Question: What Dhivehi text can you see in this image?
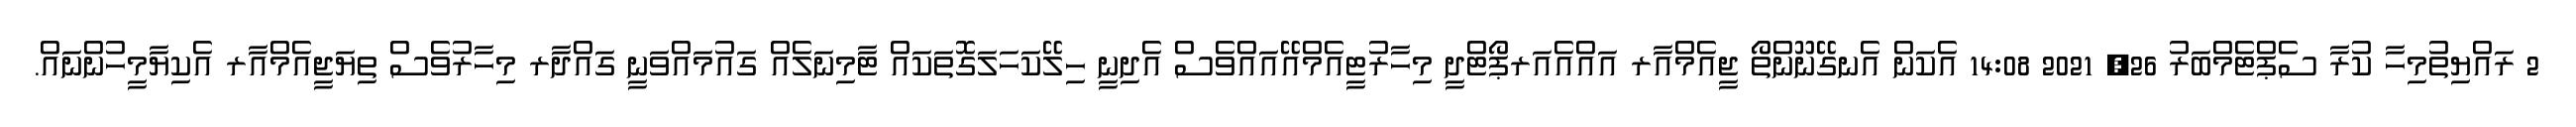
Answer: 2 ރައްޔިތުމިހާ ކުރާ ސެޕްޓެމްބަރު 26, 2021 14:08 އެކަން އެނގޭނޫންތޯ ޖީއެމްއާރ އައްއެއަރޕޯޓްދީ މިހާރުޓީއެމްއޭއައްވެސް އެދިނީ ހިލޭކަހަލަގޮތަކައް ޓާމިނަލެއް ގައުމައްވަނީ ގައްދާރ މިހާރުވެސް ތިޔަޖީއެމްއާރ އެކިޔާމީހުންނައް.